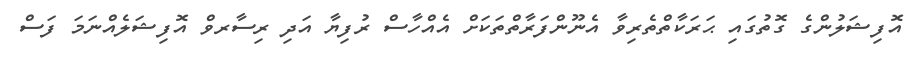
އޮފިޝަލުންގެ ގޮތުގައި ޙަރަކާތްތެރިވާ އެނޫންފަރާތްތަކަށް އެއްހާސް ރުފިޔާ އަދި ރިސާރވް އޮފިޝަލެއްނަމަ ފަސް